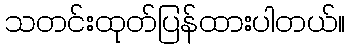
သတင်းထုတ်ပြန်ထားပါတယ်။